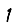
Digit: 1